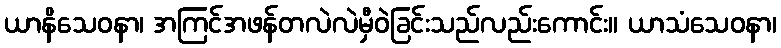
ယာနိသေဝနာ၊ အကြင်အဖန်တလဲလဲမှီဝဲခြင်းသည်လည်းကောင်း။ ယာသံသေဝနာ၊